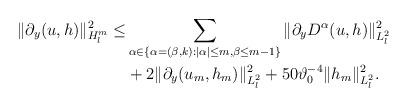
LaTeX: \begin{align*}\begin{aligned}\Vert \partial_y (u,h)\Vert_{H^m_l}^2 \leq &\sum_{\alpha\in\{\alpha=(\beta,k):|\alpha|\leq m, \beta\leq m-1\}} \Vert \partial_y D^\alpha (u,h)\Vert_{L^2_l}^2\\&+2\Vert \partial_y (u_m,h_m)\Vert_{L^2_l}^2+50\vartheta_0^{-4}\Vert h_m\Vert_{L^2_l}^2.\end{aligned}\end{align*}